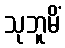
သုဘူမိံ